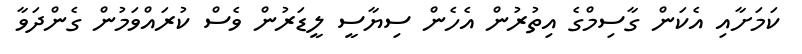
ކަމަށާއި އެކަން ގާސިމްގެ އިތުރުން އެހެން ސިޔާސީ ލީޑަރުން ވެސް ކުރައްވަމުން ގެންދަވާ